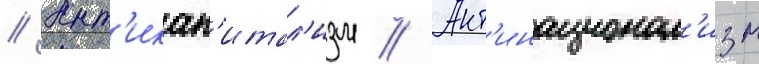
// Ант'икап'итал'изм // Ант'инационал'изм